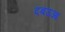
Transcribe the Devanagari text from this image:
दबउआ